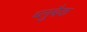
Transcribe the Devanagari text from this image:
ब्लुबैक